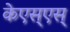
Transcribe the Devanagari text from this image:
केएस्‌एस्‌